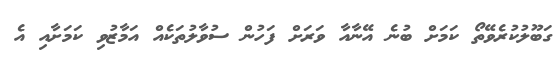
ގަބޫލުކުރެވޭތޯ ކަމަށް ބުނެ އޭނާއާ ވަރަށް ފަހުން ސުވާލުތަކެއް އަމާޒުވި ކަމަށާއި އެ